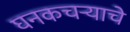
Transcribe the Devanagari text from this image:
घनकचऱ्याचे